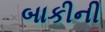
બાકીની